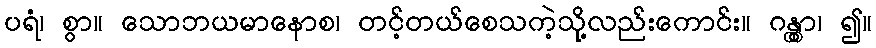
ပရံ၊ စွာ။ သောဘယမာနောစ၊ တင့်တယ်စေသကဲ့သို့လည်းကောင်း။ ဂန္တွာ၊ ၍။